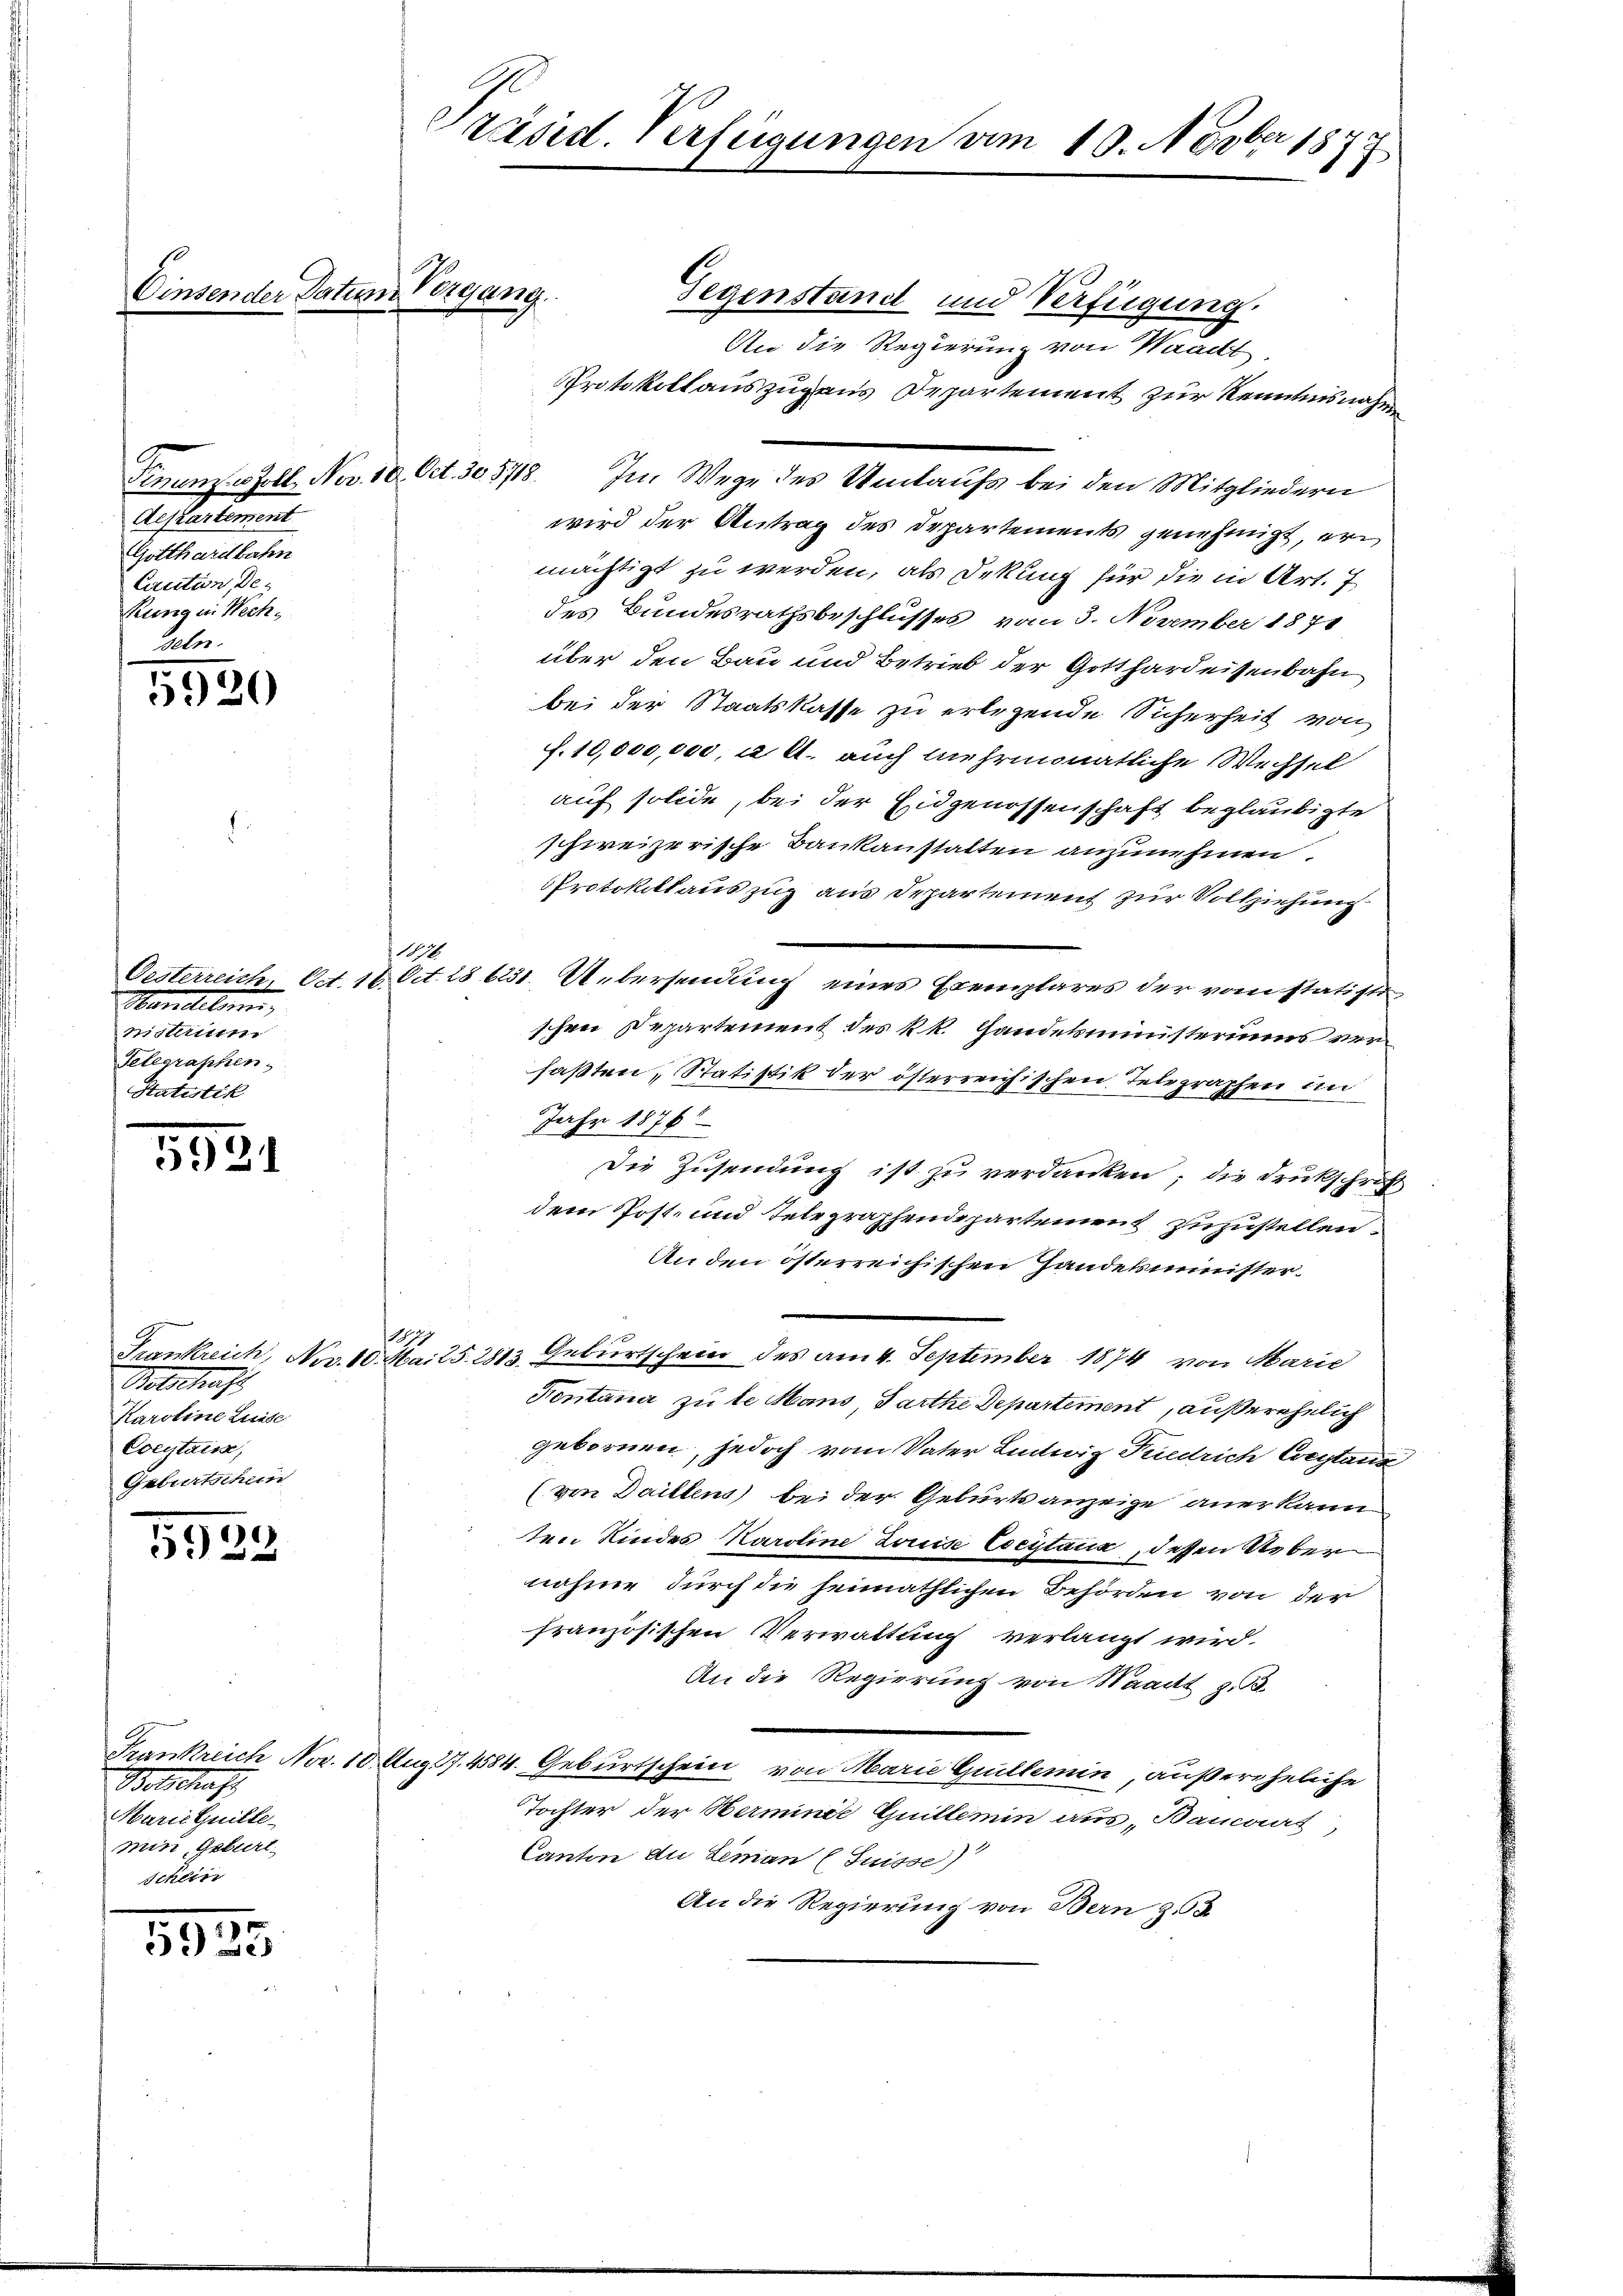
Aeftartement
Gotthardbahn
Caution, De¬
Rung in Wechs
seln.

1
520

5931

Welschaft
Karoline Luise
Coeytais,
Geburtschein

5922

Botschaft
Marie Guille-
min, Geburt.
schein

5955

Einsender Datum Vergang.

räsid. Verfügungen vom 10. Novber 1872

Handeln,
mistimm
Telegraphen
Statistik

/ 1891

Gegenstand und Verfügung.
An die Regierung von Waadt
Protokoll auszug aus Departement zur Kenntnisnahme
Tinuenz Zoll No 10. Oct. 30. 578. Im Wege des Umlaufs bei den Mitgliedern
wird der Antrag des Departements genehmigt, ermächtigt zu werden, als Dekung für die in Art. 7
des Bundesrathsbeschlusses vom 3. November 1871
über den Bau und Betrieb der Gotthardeisenbahn
bei der Staatskasse zu erlegende Sicherheit von
f. 10,000,000, u. A. auch mehrmonatliche Wechsel
auf solide, bei der Eidgenossenschaft beglaubigte
schweizerische Bankaustatten anzunehmen.
Protokollauszug aus Departement zur Vollziehung
Oesterreich, Oct. 10 Oct. 286231. Uebersendung eines Exemplares der von statisti
schen Departement des kk. Handekministeriums verfaßten, Statistik der österreichischen Telegraphen in
Jahr 1876
Die Zusendung ist zu verdanken, die Drukschrift
dem Post- und Telegraphendepartement zuzustellen.
An den österreichischen Handekminister.
1721
Frankreich, Nov. 10. Mai 15. 2813. Geburtschein des am 4. September 1874 von Marie
Kontana zu le Mans, Parthe Departement, außerehelich
gebornen, jedoch vom Vater Lintwiz Friedrich Corstani
(von Daillens bei der Geburts anzeige anerkann
ten Kindes Karoline Louise Cocytaux, dessen Ueber
nahme durch die heimathlichen Behörden von der
französischen Verwaltung verlangt wird.
An die Regierung von Waadt z. B.
Frankreich Nov. 10 Aug 17. 4584. Geburtschein von Marie Guillemin, außereheliche
Tochter der Herminée Guillemin aus, Bancours,
Canton du Leman (Suisse)
An die Regierung von Bern z